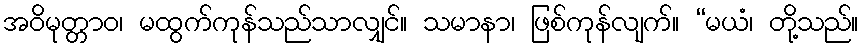
အဝိမုတ္တာဝ၊ မထွက်ကုန်သည်သာလျှင်။ သမာနာ၊ ဖြစ်ကုန်လျက်။ “မယံ၊ တို့သည်။